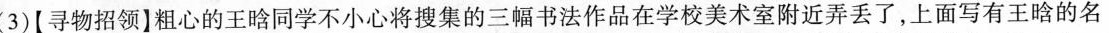
(3)【寻物招领】粗心的王晗同学不小心将搜集的三幅书法作品在学校美术室附近弄丢了，上面写有王晗的名